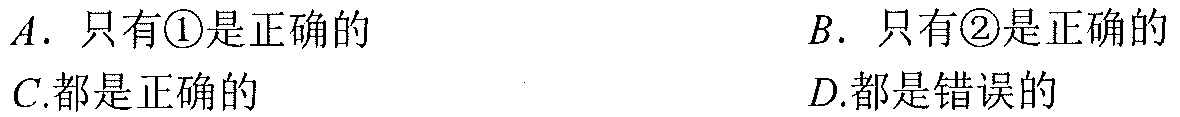
\(A.\) 只有\textcircled{1}是正确的  \(\qquad B.\) 只有\textcircled{2}是正确的
\(C.\)都是正确的  \(\qquad\qquad\qquad D.\)都是错误的